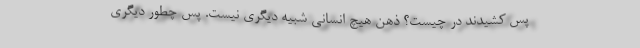
پس کشیدند در چیست؟ ذهن هیچ انسانی شبیه دیگری نیست. پس چطور دیگری